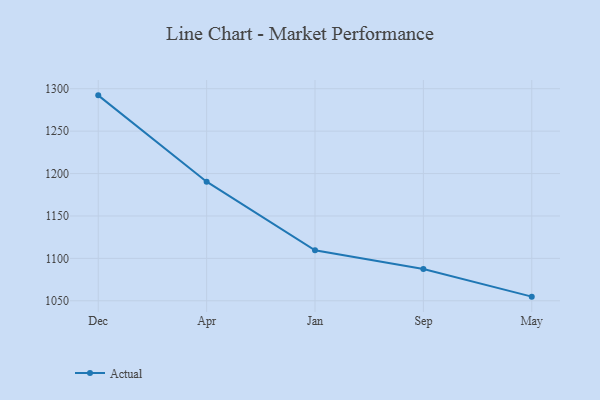
{"axis": {"x": "Month", "y": "Customer Acquisition Cost (USD)"}, "legend": ["Actual"], "data": [{"x": "Dec", "y": 1292.2, "type": "Actual"}, {"x": "Apr", "y": 1190.4, "type": "Actual"}, {"x": "Jan", "y": 1109.6, "type": "Actual"}, {"x": "Sep", "y": 1087.5, "type": "Actual"}, {"x": "May", "y": 1054.9, "type": "Actual"}]}